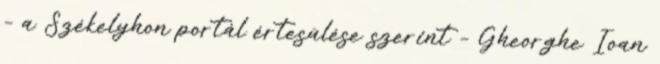
– a Székelyhon portál értesülése szerint – Gheorghe Ioan